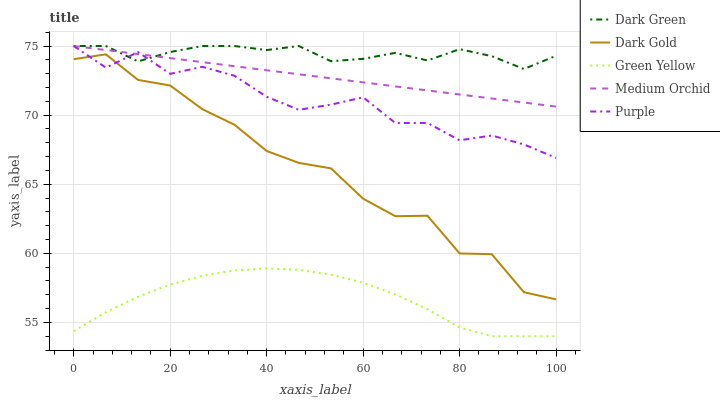
| xaxis_label | Dark Green | Dark Gold | Green Yellow | Medium Orchid | Purple |
 | --- | --- | --- | --- | --- | --- |
 | 0 | 75 | 74 | 54.4 | 75 | 75 |
 | 6.67 | 75 | 74.4 | 55.7 | 74.7 | 73.4 |
 | 13.3 | 73.9 | 72.5 | 56.9 | 74.4 | 74.6 |
 | 20 | 74.6 | 72.1 | 57.7 | 74.1 | 73 |
 | 26.7 | 75 | 70.4 | 58.4 | 73.8 | 73.5 |
 | 33.3 | 75 | 69.3 | 58.8 | 73.5 | 72.8 |
 | 40 | 74.7 | 67.4 | 58.9 | 73.2 | 71.3 |
 | 46.7 | 75 | 66.5 | 58.8 | 73 | 70.4 |
 | 53.3 | 73.9 | 66.1 | 58.5 | 72.7 | 70.8 |
 | 60 | 74.1 | 64 | 57.9 | 72.4 | 71.3 |
 | 66.7 | 74.5 | 62.7 | 57 | 72.1 | 69.4 |
 | 73.3 | 74 | 62.7 | 56 | 71.8 | 69.4 |
 | 80 | 74.8 | 60 | 54.6 | 71.5 | 68.2 |
 | 86.7 | 74.3 | 59.9 | 54 | 71.2 | 68.5 |
 | 93.3 | 73.3 | 57.2 | 54 | 70.9 | 67.9 |
 | 100 | 74.3 | 56.7 | 54 | 70.6 | 66.9 |